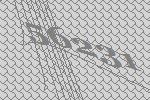
56231